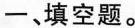
一、填空题